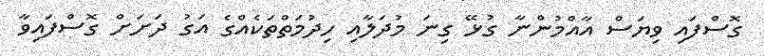
ގޮސްފައި ވިޔަސް އާއްމުންނާ ގުޅޭ ގިނަ މުދަލާއި ހިދުމަތްތަކެއްގެ އަގު ދަށަށް ގޮސްފައިވާ